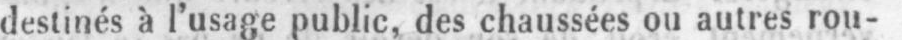
destinés à l’usage public, des chaussées ou autres rou-